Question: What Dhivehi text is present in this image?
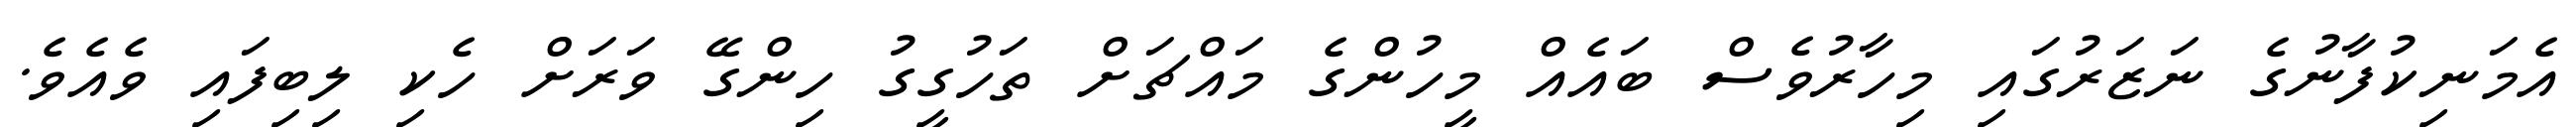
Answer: އެމަނިކުފާނުގެ ނަޒަރުގައި މިހާރުވެސް ބައެއް މީހުންގެ މައްޗަށް ތަހުގީގު ހިންގޭ ވަރަށް ހެކި ލިބިފައި ވެއެވެ.